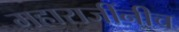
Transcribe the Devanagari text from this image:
महाराजींनीच